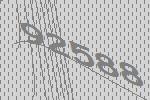
92588